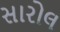
સારોલ